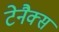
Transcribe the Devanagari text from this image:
टेनैक्स